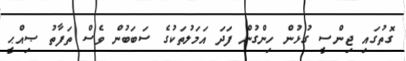
ގޮތުގައި ޖިންސީ ގުޅުން ހިންގުން ފަދަ އަމަލުތަކުގެ ސަބަބުން ވެސް ތަފާތު ޞިއްޙީ